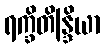
ရက္ခိတိန္ဒြိယာ